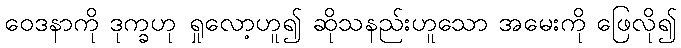
ဝေဒနာကို ဒုက္ခဟု ရှုလော့ဟူ၍ ဆိုသနည်းဟူသော အမေးကို ဖြေလို၍